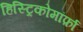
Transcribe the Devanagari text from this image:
हिस्ट्रिकोमॉर्फ़ा